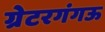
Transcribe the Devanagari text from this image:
ग्रेटरगंगऊ